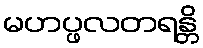
မဟပ္ဖလတရန္တိ